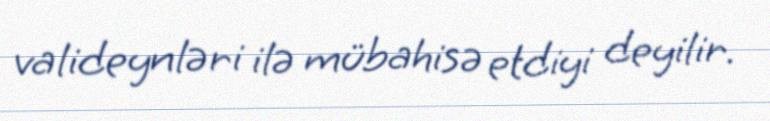
valideynləri ilə mübahisə etdiyi deyilir.